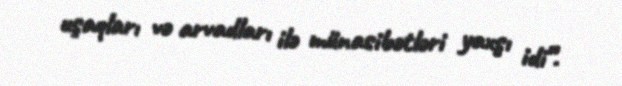
uşaqları və arvadları ilə münasibətləri yaxşı idi”.